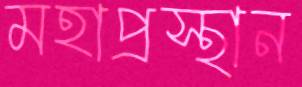
মহাপ্রস্থান